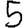
Digit: 5